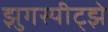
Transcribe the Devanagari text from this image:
झुगस्पीट्झे